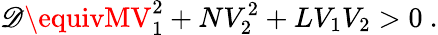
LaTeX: {\cal\mathscr{D}}\equivMV_{1}^{2}+NV_{2}^{2}+LV_{1}V_{2}>0\ .